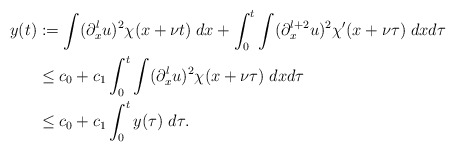
\begin{align*}y(t)&:= \int (\partial_x^lu)^2\chi(x+\nu t) \; dx+ \int_0^t\int (\partial_x^{l+2}u)^2 \chi'(x+\nu\tau) \; dxd\tau \\&\leq c_0 + c_1\int_0^t\int(\partial_x^lu)^2\chi(x+\nu\tau) \; dxd\tau \\&\leq c_0 + c_1\int_0^ty(\tau)\;d\tau.\end{align*}